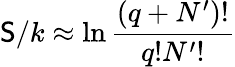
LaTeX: \mathsf{S}/k\approx\ln{\frac{{\left(q+N^{\prime}\right)!}}{{q!N^{\prime}!}}}